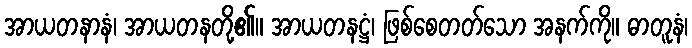
အာယတနာနံ၊ အာယတနတို့၏။ အာယတနဋ္ဌံ၊ ဖြစ်စေတတ်သော အနက်ကို။ ဓာတူနံ၊